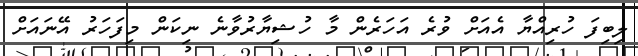
ލިބިފަ ހުރިއްޔާ އެއަށް ވުރެ އަހަރެން މާ ހުޝިޔާރުވާނެ ނިކަން މިފަހަރު އޭނައަށް